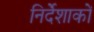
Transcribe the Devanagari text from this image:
निर्देंशाकों